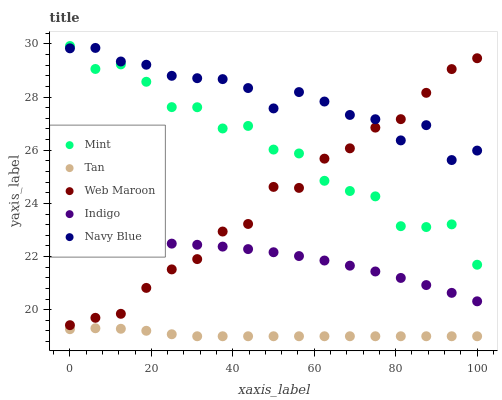
| xaxis_label | Mint | Tan | Web Maroon | Indigo | Navy Blue |
 | --- | --- | --- | --- | --- | --- |
 | 0 | 29.9 | 19.3 | 19.4 | 22.4 | 29.8 |
 | 6.25 | 29.1 | 19.3 | 19.7 | 22.5 | 29.9 |
 | 12.5 | 29.2 | 19.3 | 19.8 | 22.5 | 29.3 |
 | 18.8 | 28.6 | 19.2 | 20.8 | 22.5 | 29.2 |
 | 25 | 27.6 | 19.1 | 21.5 | 22.5 | 28.8 |
 | 31.2 | 27.6 | 19 | 21.9 | 22.4 | 28.7 |
 | 37.5 | 26.8 | 19 | 22.9 | 22.4 | 28.7 |
 | 43.8 | 26.9 | 19 | 23.2 | 22.3 | 28.3 |
 | 50 | 26 | 19 | 24.6 | 22.2 | 27.6 |
 | 56.2 | 25.9 | 19 | 24.6 | 22 | 28.2 |
 | 62.5 | 24.9 | 19 | 25.7 | 21.8 | 27.8 |
 | 68.8 | 24.5 | 19 | 26.1 | 21.7 | 27.3 |
 | 75 | 24.3 | 19 | 26.9 | 21.4 | 27.2 |
 | 81.2 | 23.1 | 19 | 27.2 | 21.2 | 26.4 |
 | 87.5 | 23.1 | 19 | 28.2 | 20.9 | 26.9 |
 | 93.8 | 23.2 | 19 | 29.1 | 20.6 | 25.6 |
 | 100 | 21.7 | 19 | 29.5 | 20.3 | 26 |